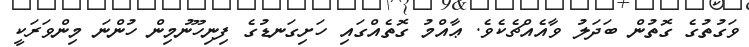
ވަގުތުގެ ގޮތުން ބަދަލު ވާއެއްޗެކެވެ. ޢާއްމު ގޮތެއްގައި ހަށިގަނޑުގެ ފިނިހޫނުމިން ހުންނަ މިންވަރަކީ